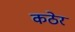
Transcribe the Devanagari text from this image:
कठेर